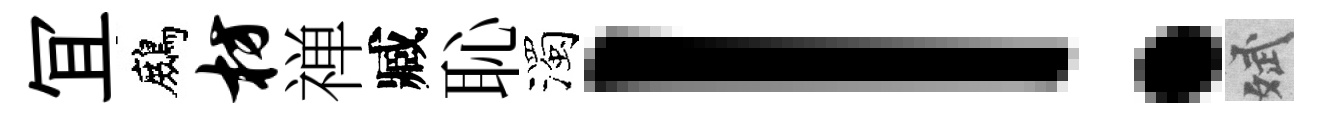
冝鷓枋禅臧恥濁！斌